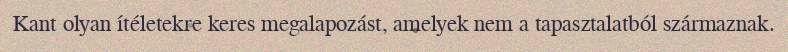
Kant olyan ítéletekre keres megalapozást, amelyek nem a tapasztalatból származnak.